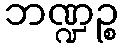
ဘဏ္ဍဉ္စ